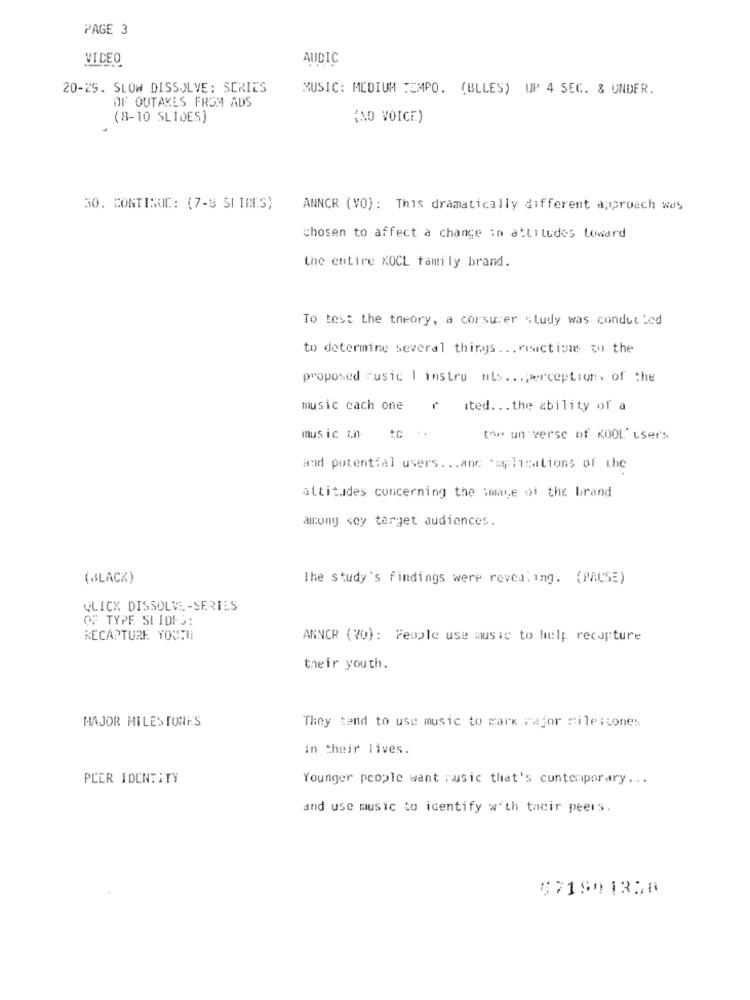
PAGE 3
VICEO
AUDIC
20-25. SLOW DISSOLVE: SERIES
MUSIC: MEDIUM TEMPO. (BLLES) UP 4 SEC. & UNDER.
OF OUTAKES FROM ADS
(8-10 SLIDES)
(NO VOICE)
30. CONTINUE: (7-8 SIIRES)
ANNCR (VO): This dramatically different approach wes
chosen to affect a change in attitudes toward
the entire XOCL family brand.
To test the theory, a corsuier study was conducted
to determine several things ... reactions to the
proposed "usic I instru als ... perception, of the
music cach one
ited ... the ability of a
music in-
tc ..
the un verse of KOOL user's
and potential users ... anc *aplications of the
attitudes concerning the image of the brand
along <cy target audiences.
(BLACK)
The study's findings were revealing. (PAUSE)
WLICK DISSOLVE-SERIES
OF TYPE SLIDES:
RECAPTURE YOUTHE
ANNCR (70) : People use music to help recapture
their youth.
MAJOR MILES TONES
They tend to use music to mark refor milestones
in their lives.
PLER IDENTITY
Younger people want music that's contemporary ...
and use music to identify with tacir peers.
571901350